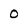
Character: 0